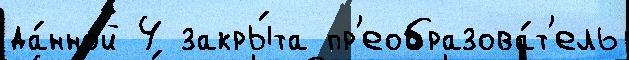
да́нной 4 закры́та пр'еобразова́т'ель